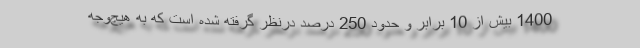
1400 بیش از 10 برابر و حدود 250 درصد درنظر گرفته شده است که به هیچ‌وجه